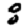
Digit: 8